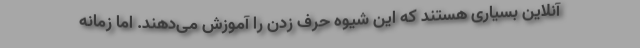
آنلاین بسیاری هستند که این شیوه حرف زدن را آموزش می‌دهند. اما زمانه